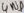
Text: GND